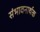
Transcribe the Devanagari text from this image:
संभावनार्थक